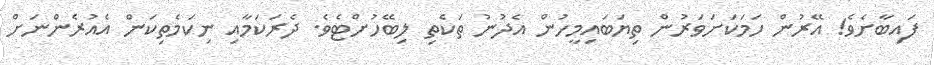
ފައިބާށެވެ! އޭރުން ހަމަކަށަވަރުން ތިޔަބައިމީހުން އެދުނު ތަކެތި ލިބޭހުށްޓެވެ. ދެރަކަމާއި ނިކަމެތިކަން އެއުރެންނަށް